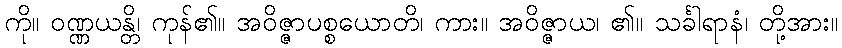
ကို။ ဝဏ္ဏယန္တိ၊ ကုန်၏။ အဝိဇ္ဇာပစ္စယောတိ၊ ကား။ အဝိဇ္ဇာယ၊ ၏။ သင်္ခါရာနံ၊ တို့အား။